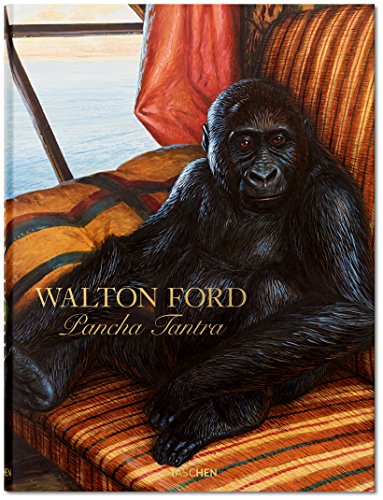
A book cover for Walton Ford: Pancha Tantra; Bill Buford; Arts & Photography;